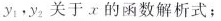
y_{1}，y_{2}关于x的函数解析式；